Vaccination United Provinces of Agra and Oudh 1902-1913 - 1902-1913
Year: 1902
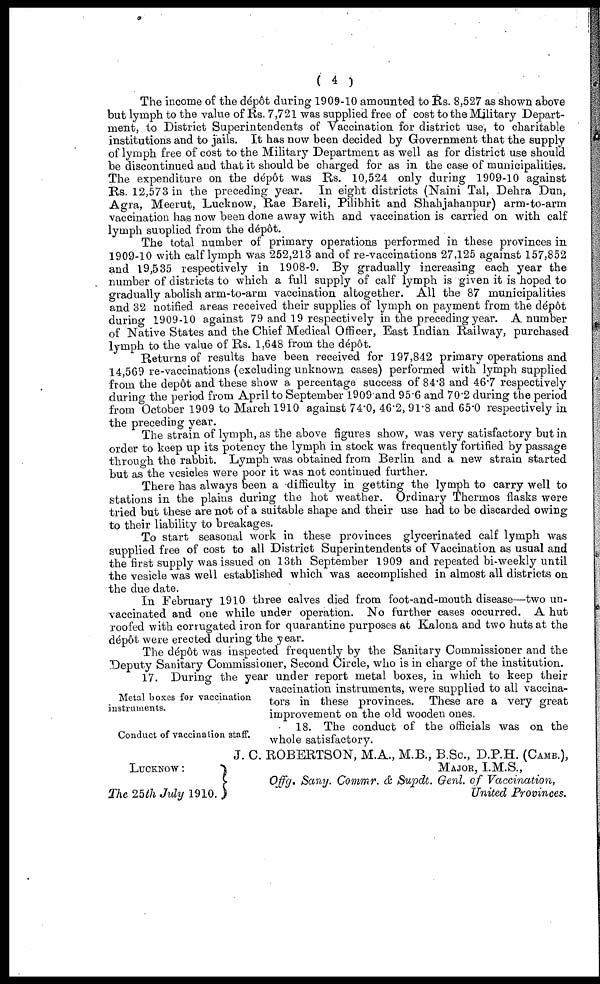
( 4 )
The income of the dépôt during 1909-10 amounted to Rs. 8,527 as shown above
but lymph to the value of Rs. 7,721 was supplied free of cost to the Military Depart-
ment, to District Superintendents of Vaccination for district use, to charitable
institutions and to jails. It has now been decided by Government that the supply
of lymph free of cost to the Military Department as well as for district use should
be discontinued and that it should be charged for as in the case of municipalities.
The expenditure on the dépôt was Rs. 10,524 only during 1909-10 against
Rs. 12,573 in the preceding year. In eight districts (Naini Tal, Dehra Dun,
Agra, Meerut, Lucknow, Rae Bareli, Pilibhit and Shahjahanpur) arm-to-arm
vaccination has now been done away with and vaccination is carried on with calf
lymph supplied from the dépôt.
The total number of primary operations performed in these provinces in
1909-10 with calf lymph was 252,213 and of re-vaccinations 27,125 against 157,852
and 19,535 respectively in 1908-9. By gradually increasing each year the
number of districts to which a full supply of calf lymph is given it is hoped to
gradually abolish arm-to-arm vaccination altogether. All the 87 municipalities
and 32 notified areas received their supplies of lymph on payment from the depôt
during 1909-10 against 79 and 19 respectively in the preceding year. A number
of Native States and the Chief Medical Officer, East Indian Railway, purchased
lymph to the value of Rs. 1,648 from the dépôt.
Returns of results have been received for 197,842 primary operations and
14,569 re-vaccinations (excluding unknown cases) performed with lymph supplied
from the depôt and these show a percentage success of 84.3 and 46.7 respectively
during the period from April to September 1909 and 95.6 and 70.2 during the period
from October 1909 to March 1910 against 74.0, 46.2, 91.8 and 65.0 respectively in
the preceding year.
The strain of lymph, as the above figures show, was very satisfactory but in
order to keep up its potency the lymph in stock was frequently fortified by passage
through the rabbit. Lymph was obtained from Berlin and a new strain started
but as the vesicles were poor it was not continued further.
There has always been a difficulty in getting the lymph to carry well to
stations in the plains during the hot weather. Ordinary Thermos flasks were
tried but these are not of a suitable shape and their use had to be discarded owing
to their liability to breakages.
To start seasonal work in these provinces glycerinated calf lymph was
supplied free of cost to all District Superintendents of Vaccination as usual and
the first supply was issued on 13th September 1909 and repeated bi-weekly until
the vesicle was well established which was accomplished in almost all districts on
the due date.
In February 1910 three calves died from foot-and-mouth disease—two un-
vaccinated and one while under operation. No further cases occurred. A hut
roofed with corrugated iron for quarantine purposes at Kalona and two huts at the
dépôt were erected during the year.
The dépôt was inspected frequently by the Sanitary Commissioner and the
Deputy Sanitary Commissioner, Second Circle, who is in charge of the institution.
Metal boxes for vaccination
instruments.
17. During the year under report metal boxes, in which to keep their
vaccination instruments, were supplied to all vaccina-
tors in these provinces. These are a very great
improvement on the old wooden ones.
Conduct of vaccination staff.
18. The conduct of the officials was on the
whole satisfactory.
LUCKNOW :
The 25th July 1910.
J. C. ROBERTSON, M.A., M.B., B.Sc., D.P.H. (CAMB.),
MAJOR, I.M.S.,
Offg. Sany. Commr. & Supdt. Genl. of Vaccination,
United Provinces.